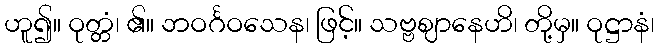
ဟူ၍။ ဝုတ္တံ၊ ၏။ ဘဝင်္ဂဝသေန၊ ဖြင့်။ သဗ္ဗဈာနေဟိ၊ တို့မှ။ ဝုဋ္ဌာနံ၊